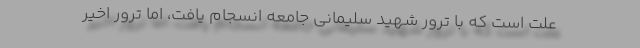
علّت است که با ترور شهید سلیمانی جامعه انسجام یافت، اما ترور اخیر